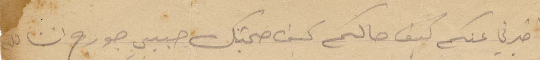
واخبرني عنكم كيف حالكم كيف صحتكم حبيبي جورج انشالله